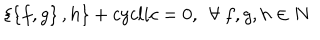
\left\{ \left\{ f , g \right\} , h \right\} + c y c l i c = 0 , ~ ~ \forall ~ f , g , h \in N